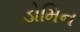
ડોમિન